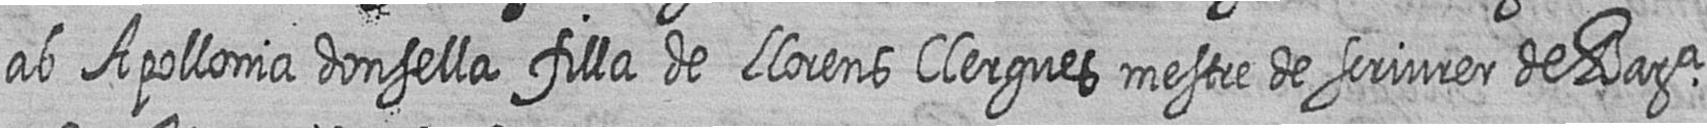
ab Apollonia donsella filla de Llorens Clergues mestre de scriurer de Bara